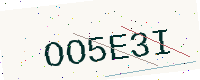
Text: OO5E3I